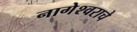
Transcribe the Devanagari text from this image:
नागेेश्वराचे